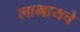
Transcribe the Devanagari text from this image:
लाभायचे